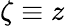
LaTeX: \zeta\equiv z